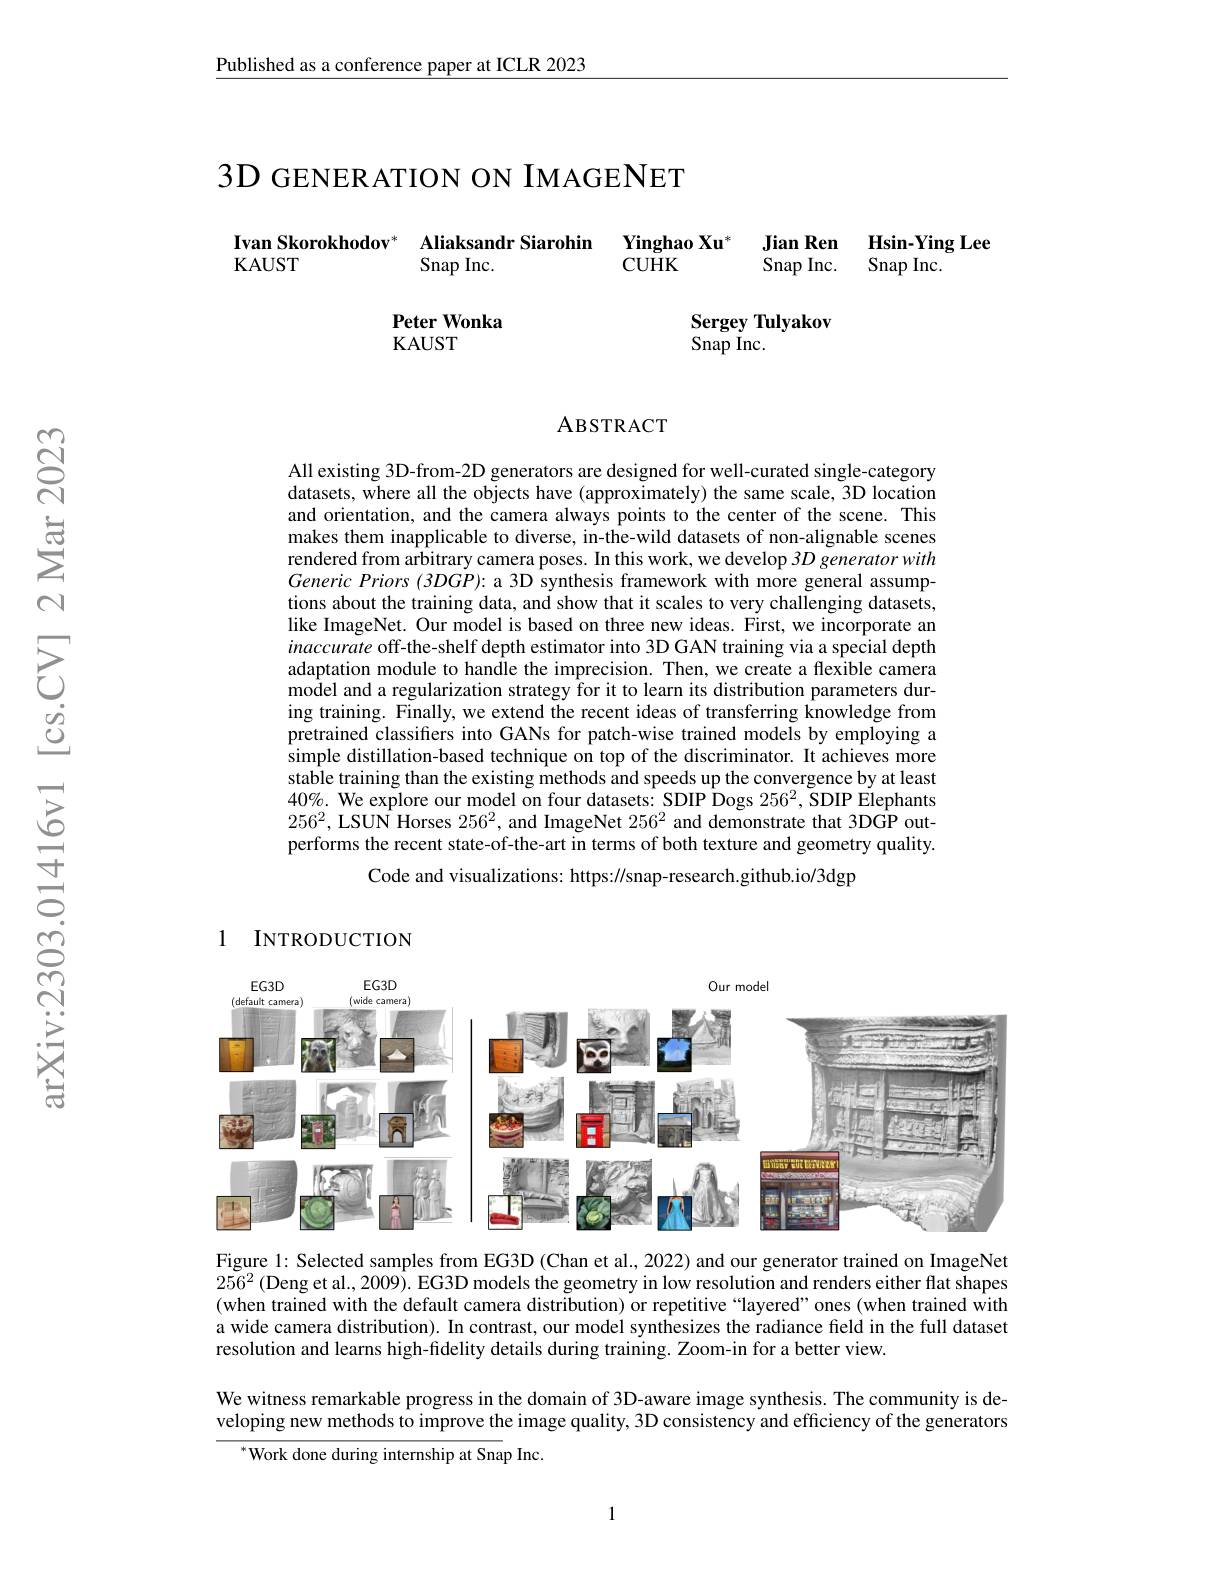
$\underline{\text{Published as a conference paper at ICLR 2023}}$

<table>
	<tbody>
		<tr>
			<td>GENERAI $\mathbf{Skorokhodov}^{*}$ $JST$</td>
			<td>$10NONIMAG$ Aliaksandr Siarohin $\operatorname{Snap}$Inc.</td>
			<td>$\mathbf{E}\mathbf{N}\mathbf{E}\mathbf{I}$ $\mathbf{YinghaoXu}$ 年 CUHK</td>
			<td>Jian Ren Snap $Inc.$</td>
			<td>$\mathbf{Hsin-Ying}$ Snap $Inc.$</td>
		</tr>
	</tbody>
</table>

### ABSTRACT

All existing 3D-from-2D generators are designed for well-curated single-category datasets, where all the objects have (approximately) the same scale, 3D location and orientation, and the camera always points to the center of the scene. This makes them inapplicable to diverse, in-the-wild datasets of non-alignable scenes rendered from arbitrary camera poses. In this work, we develop 3D generator with Generic Priors (3DGP): a 3D synthesis framework with more general assumptions about the training data, and show that it scales to very challenging datasets, like ImageNet. Our model is based on three new ideas. First, we incorporate an inaccurate off-the-shelf depth estimator into 3D GAN training via a special depth adaptation module to handle the imprecision. Then, we create a flexible camera model and a regularization strategy for it to learn its distribution parameters during training. Finally, we extend the recent ideas of transferring knowledge from pretrained classifiers into GANs for patch-wise trained models by employing a simple distillation-based technique on top of the discriminator. It achieves more stable training than the existing methods and speeds up the convergence by at least $40\%.$ We explore our model on four datasets: SDIP Dogs $256^2$, SDIP Elephants $256^{2}$, LSUN Horses $256^2$, and ImageNet $256^2$ and demonstrate that 3DGP outperforms the recent state-of-the-art in terms of both texture and geometry quality.
Code and visualizations: https://snap-research.github.io/3dgp

### 1 INTRODUCTION
<FigureHere>

Figure 1: Selected samples from EG3D (Chan et al., 2022) and our generator trained on ImageNet $256^2($Deng et al., 2009). EG3D models the geometry in low resolution and renders either flat shapes (when trained with the default camera distribution) or repetitive “layered” ones (when trained with a wide camera distribution). In contrast, our model synthesizes the radiance field in the full dataset resolution and learns high-fidelity details during training. Zoom-in for a better view.

We witness remarkable progress in the domain of 3D-aware image synthesis. The community is developing new methods to improve the image quality, 3D consistency and efficiency of the generators
$^{*}$Work done during internship at Snap Inc.